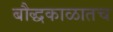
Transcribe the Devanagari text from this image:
बौद्धकाळातच